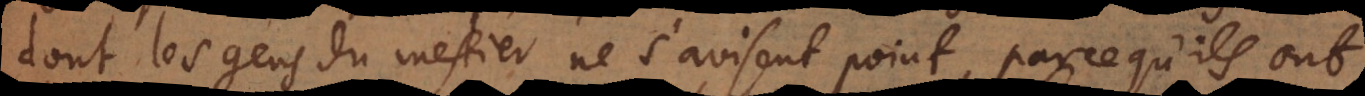
les gens du mestier ne s’avisent point, parce qu’ils ont